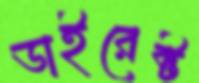
ডাইরেক্ট